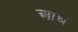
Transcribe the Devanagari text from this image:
आंद्य